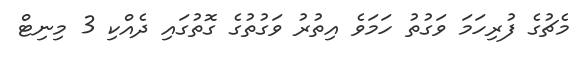
މެޗުގެ ފުރިހަމަ ވަގުތު ހަމަވެ އިތުރު ވަގުތުގެ ގޮތުގައި ދެއްކި 3 މިނިޓް